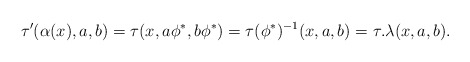
\begin{align*}\tau'(\alpha(x),a,b)=\tau(x,a\phi^*,b\phi^*)=\tau(\phi^*)^{-1}(x,a,b)=\tau.\lambda(x,a,b).\end{align*}